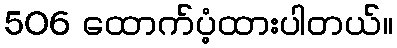
506 ထောက်ပံ့ထားပါတယ်။